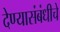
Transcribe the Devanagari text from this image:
देण्यासंबंधीचे